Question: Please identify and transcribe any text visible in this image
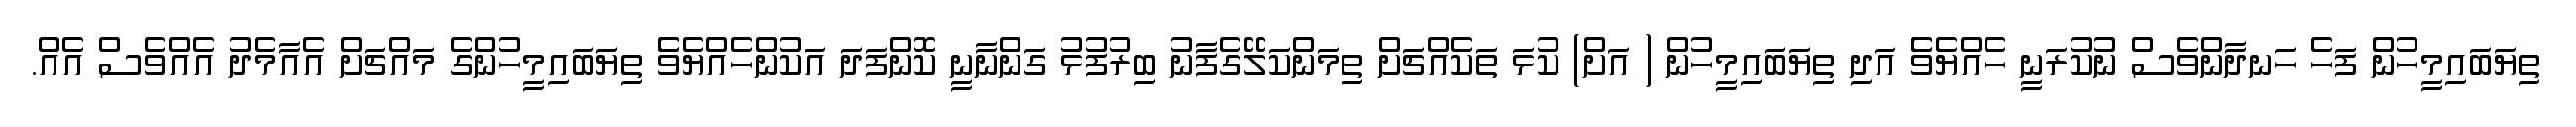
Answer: ތިޔަބައިމީހުން ފަހެ ހަނދާންވެސް ނުކުރަނީ ހެއްޔެވެެ އަދި ތިޔަބައިމީހުން ( އަށް) ކުޅަ ތަކެއްޗަށް ތިމަންކަލޭގެފާނު ބިރުފުޅު ގަންނާނީ ކޮންފަދަ އަކުންހެއްޔެވެެ ތިޔަބައިމީހުންގެ މައްޗަށް އެއާމެދު އެއްވެސް އެއް.